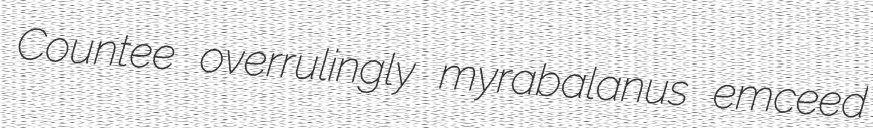
Countee overrulingly myrabalanus emceed